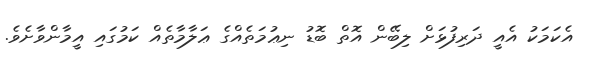
އެކަމަކު އެއީ ދަރިފުޅަށް ލިބޭން އޮތް ބޮޑު ނިޢުމަތެއްގެ ޢަލާމާތެއް ކަމުގައި އީމާންވާށެވެ.